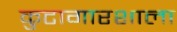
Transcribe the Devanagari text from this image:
कुटागारशाला